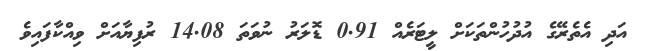
އަދި އެތެރޭގެ އުދުހުންތަކަށް ލީޓަރެއް 0.91 ޑޮލަރު ނުވަތަ 14.08 ރުފިޔާއަށް ވިއްކާފައިވެ